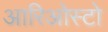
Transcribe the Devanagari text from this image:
आरिओस्टो